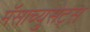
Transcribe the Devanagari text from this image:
मॅसाच्युसेट्स